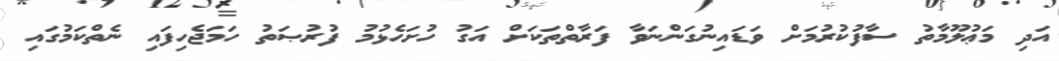
އަދި މަޢުލޫމާތު ސާފުކުރުމަށް ވަޑައިނުގަންނަވާ ފަރާތްތަކަށް އަގު ހުށަހެޅުމު ފުރުޞަތު ހަމަޖެހިފައި ނެތްކަމުގައި